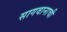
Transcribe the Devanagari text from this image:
सागवानाची